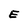
Character: E